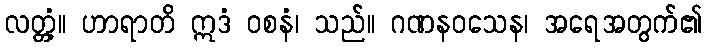
လတ္တံ့။ ဟာရာတိ ဣဒံ ဝစနံ၊ သည်။ ဂဏနဝသေန၊ အရေအတွက်၏